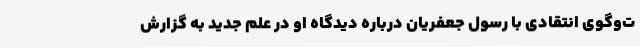
ت‌وگوی انتقادی با رسول جعفریان درباره دیدگاه او در علم جدید به گزارش